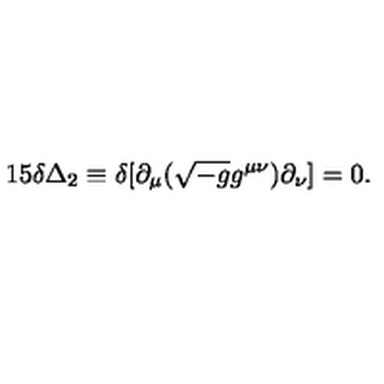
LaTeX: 1 5 \delta \Delta _ { 2 } \equiv \delta [ \partial _ { \mu } ( \sqrt { - g } g ^ { \mu \nu } ) \partial _ { \nu } ] = 0 .